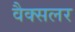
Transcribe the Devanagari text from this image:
वैक्सलर